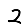
Digit: 2